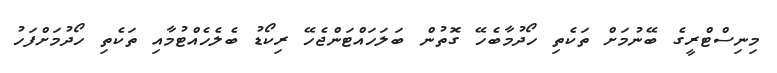
މިނިސްޓްރީގެ ބޭނުމަށް ތަކެތި ހޯދުމާބެހޭ ގޮތުން ބަލަހައްޓަންޖެހޭ ރިކޯޑު ބެލެހެއްޓުމާއި ތަކެތި ހޯދުމަށްފަހު